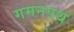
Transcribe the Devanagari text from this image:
गमनपथ